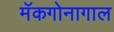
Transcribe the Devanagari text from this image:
मॅकगोनागाल